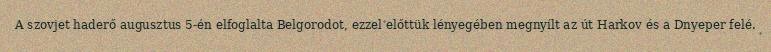
A szovjet haderő augusztus 5-én elfoglalta Belgorodot, ezzel előttük lényegében megnyílt az út Harkov és a Dnyeper felé.